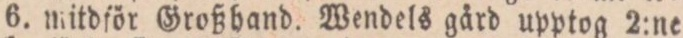
6. mitdför Großhand. Wendels gård upptog 2:ne